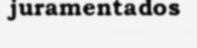
juramentados